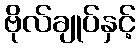
ဗိုလ်ချုပ်နှင့်